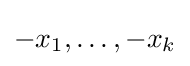
-x_{1},\dots ,-x_{k}